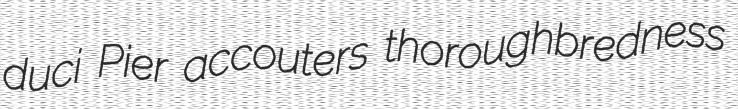
duci Pier accouters thoroughbredness